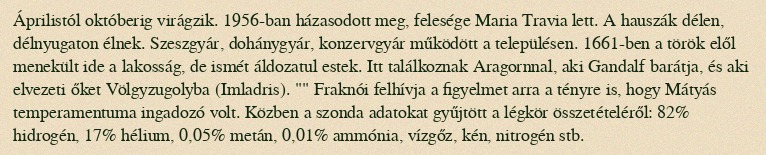
Áprilistól októberig virágzik. 1956-ban házasodott meg, felesége Maria Travia lett. A hauszák délen, délnyugaton élnek. Szeszgyár, dohánygyár, konzervgyár működött a településen. 1661-ben a török elől menekült ide a lakosság, de ismét áldozatul estek. Itt találkoznak Aragornnal, aki Gandalf barátja, és aki elvezeti őket Völgyzugolyba (Imladris). "" Fraknói felhívja a figyelmet arra a tényre is, hogy Mátyás temperamentuma ingadozó volt. Közben a szonda adatokat gyűjtött a légkör összetételéről: 82% hidrogén, 17% hélium, 0,05% metán, 0,01% ammónia, vízgőz, kén, nitrogén stb.